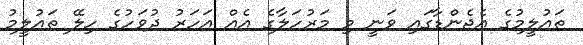
ތައުލީމުގެ އެޖެންޑާގައި ވަނީ މި މަރުހަލާގެ އެއް އަހަރު ދުވަހުގެ ހިލޭ ތައުލީމު